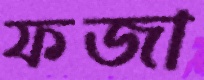
ফজা